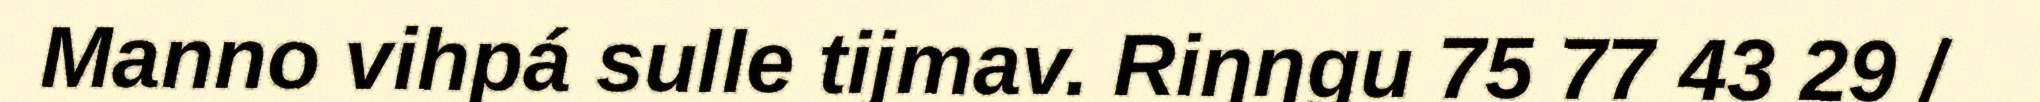
Manno vihpá sulle tijmav. Riŋŋgu 75 77 43 29 /